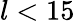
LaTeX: l<15